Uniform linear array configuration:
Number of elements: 12
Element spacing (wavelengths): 0.75
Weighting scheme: kaiser
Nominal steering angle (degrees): -60
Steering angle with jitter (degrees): -59.613
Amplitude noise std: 0.05
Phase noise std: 0.05

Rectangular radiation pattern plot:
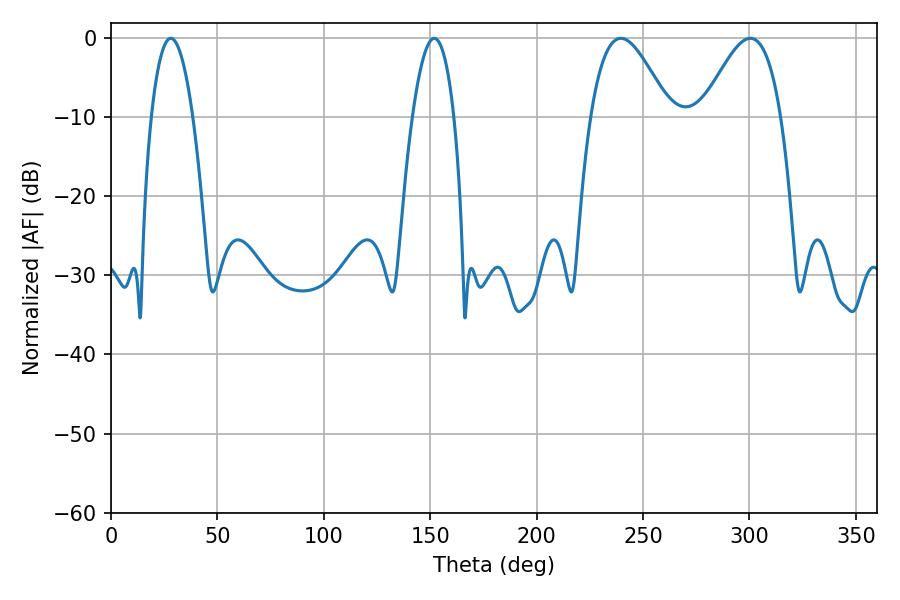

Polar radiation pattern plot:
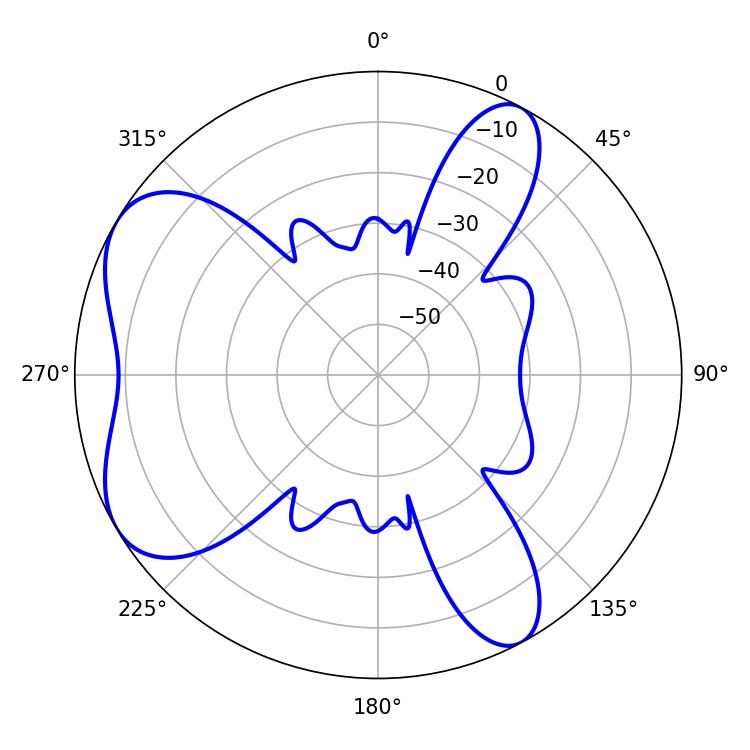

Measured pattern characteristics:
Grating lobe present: TRUE
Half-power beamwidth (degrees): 19.98
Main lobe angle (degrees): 239.58